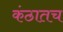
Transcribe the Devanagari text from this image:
कंठातच